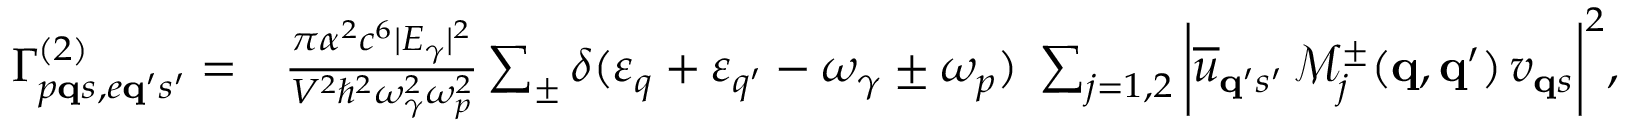
\begin{array} { r l } { \Gamma _ { p { \bf q } s , e { \bf q } ^ { \prime } s ^ { \prime } } ^ { ( 2 ) } = } & { \frac { \pi \alpha ^ { 2 } c ^ { 6 } | E _ { \gamma } | ^ { 2 } } { V ^ { 2 } \hbar ^ { 2 } \omega _ { \gamma } ^ { 2 } \omega _ { p } ^ { 2 } } \sum _ { \pm } \delta ( \varepsilon _ { q } + \varepsilon _ { q ^ { \prime } } - \omega _ { \gamma } \pm \omega _ { p } ) \; \sum _ { j = 1 , 2 } \bigg | \overline { { u } } _ { { \bf q } ^ { \prime } s ^ { \prime } } \, \mathcal { M } _ { j } ^ { \pm } ( { \bf q } , { \bf q } ^ { \prime } ) \, v _ { { \bf q } s } \bigg | ^ { 2 } , } \end{array}